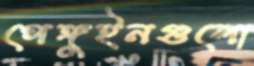
পেঙ্গুইনগুলো